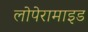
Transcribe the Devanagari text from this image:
लोपेरामाइड